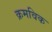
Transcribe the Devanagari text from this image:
क्रमविक